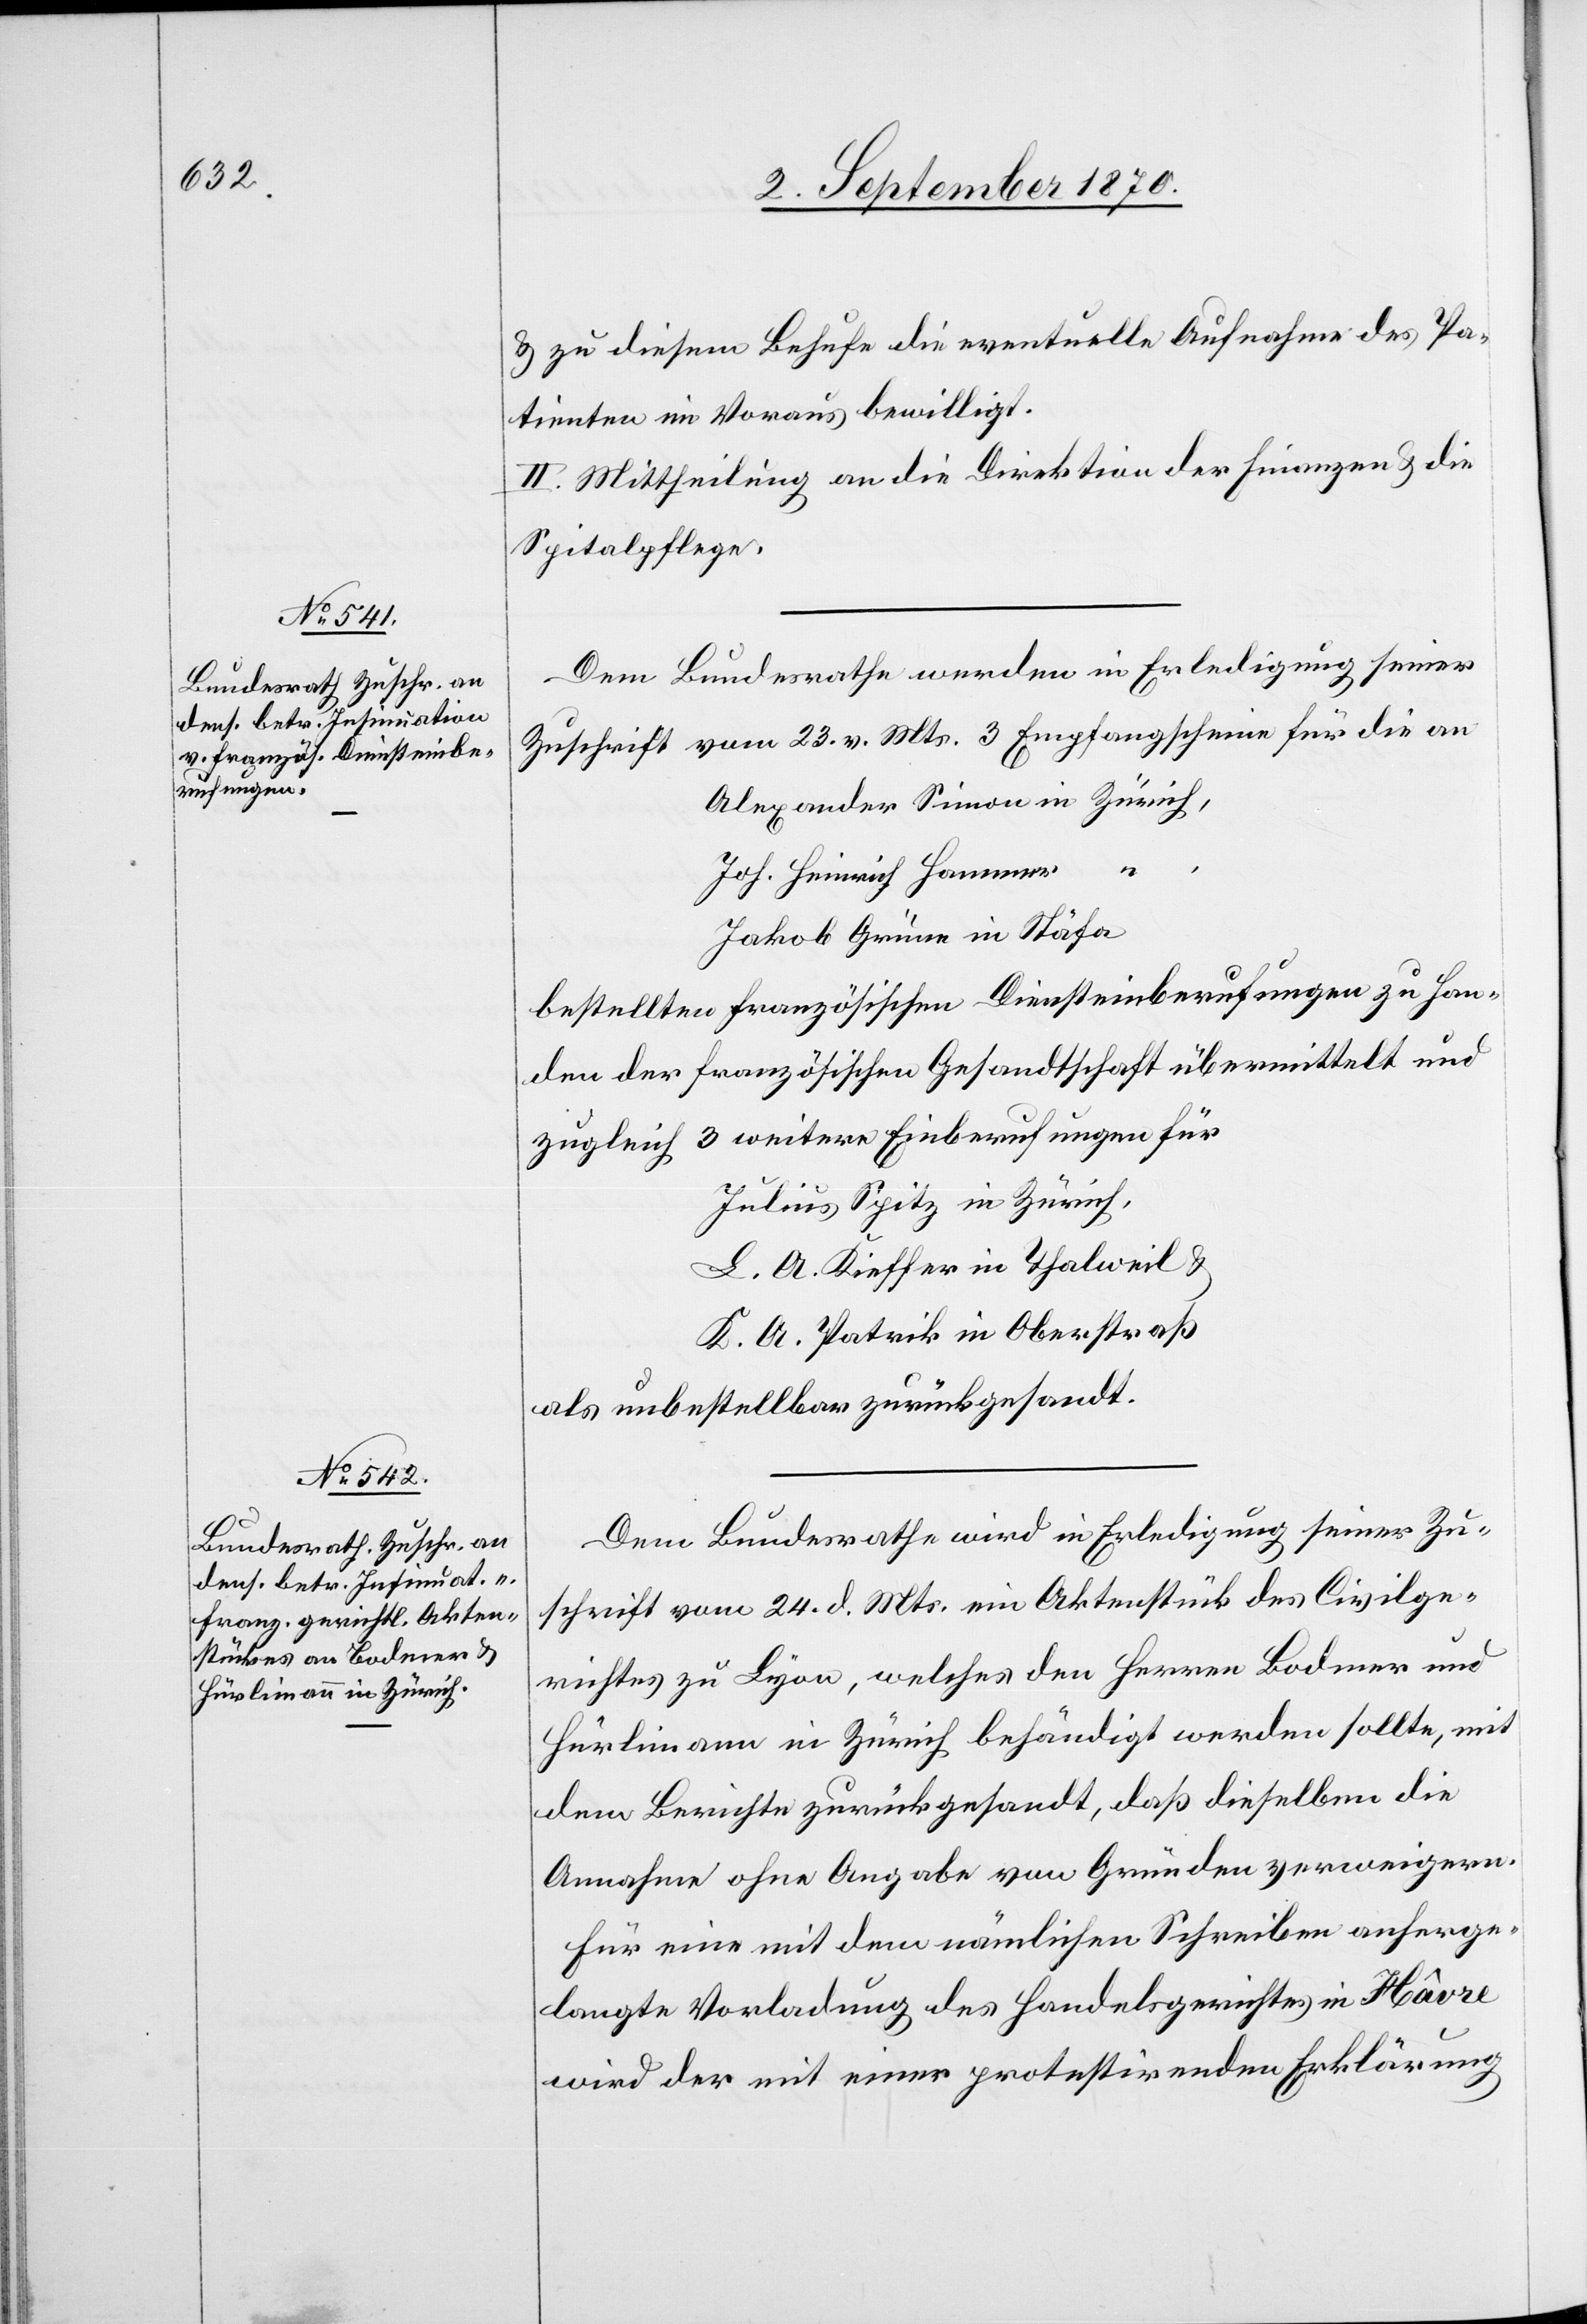
3. September 1870.]
& zu diesem Behufe die eventuelle Aufnahme des Pa¬
tienten im Voraus bewilligt.
II. Mittheilung an die Direktion der Finanzen & die
Spitalpflege.
Dem Bundesrathe werden in Erledigung seiner
Zuschrift vom 23. v. Mts. 3 Empfangscheine für die an
Joh. Heinrich Hammer
Jakob Grüne in Stäfa
bestellten französischen Diensteinberufungen zu Han¬
den der französischen Gesandtschaft übermittelt und
zugleich 3 weitere Einberufungen für
Julius Spitz in Zürich,
L. A. Kieffer in Thalweil &
K. A. Patrik in Oberstraß
als unbestellbar zurückgesandt.
Dem Bundesrathe wird in Erledigung seiner Zu¬
schrift vom 24. d. Mts. ein Aktenstück des Civilge¬
richtes zu Lyon, welches den Herren Bodmer und
Hürlimann in Zürich behändigt werden sollte, mit
dem Berichte zurückgesandt, daß dieselben die
Annahme ohne Angabe von Gründen verweigern.
Für eine mit dem nämlichen Schreiben anherge¬
langte Vorladung des Handelsgerichtes in Hâvre
wird der mit einer protestirenden Erklärung